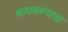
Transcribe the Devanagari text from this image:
कमवण्यास